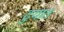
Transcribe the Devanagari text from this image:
टुयात